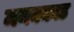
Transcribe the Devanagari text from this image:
मनक्काड